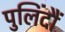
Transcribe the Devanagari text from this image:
पुलिंदौं